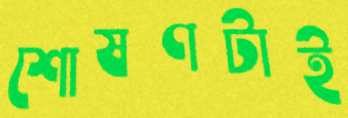
শোষণটাই